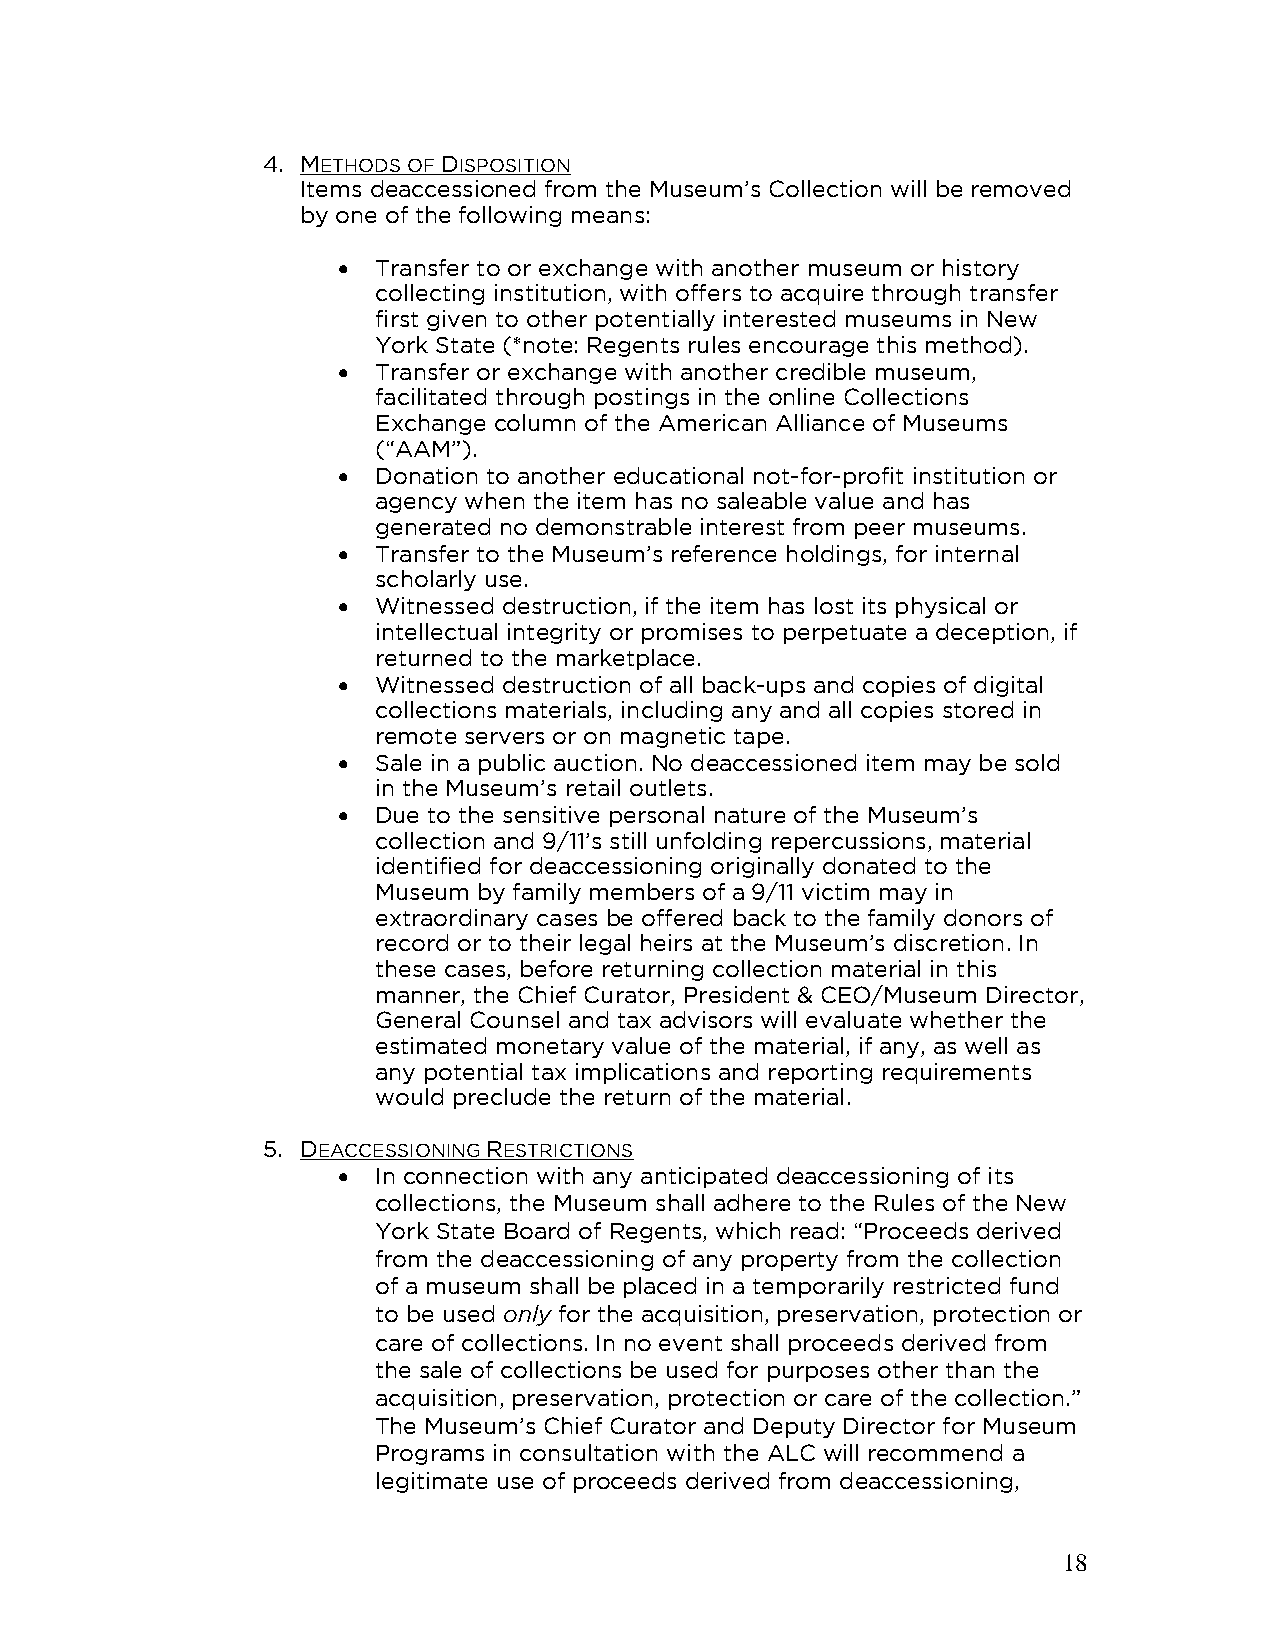
4. METHODS OF DISPOSITION
 Items deaccessioned from the Museum’s Collection will be removed
 by one of the following means:
 •  Transfer to or exchange with another museum or history
 collecting institution, with offers to acquire through transfer
 first given to other potentially interested museums in New
 York State (*note: Regents rules encourage this method).
 •  Transfer or exchange with another credible museum,
 facilitated through postings in the online Collections
 Exchange column of the American Alliance of Museums
 (“AAM”).
 •  Donation to another educational not-for-profit institution or
 agency when the item has no saleable value and has
 generated no demonstrable interest from peer museums.
 •  Transfer to the Museum’s reference holdings, for internal
 scholarly use.
 •  Witnessed destruction, if the item has lost its physical or
 intellectual integrity or promises to perpetuate a deception, if
 returned to the marketplace.
 •  Witnessed destruction of all back-ups and copies of digital
 collections materials, including any and all copies stored in
 remote servers or on magnetic tape.
 •  Sale in a public auction. No deaccessioned item may be sold
 in the Museum’s retail outlets.
 •  Due to the sensitive personal nature of the Museum’s
 collection and 9/11’s still unfolding repercussions, material
 identified for deaccessioning originally donated to the
 Museum by family members of a 9/11 victim may in
 extraordinary cases be offered back to the family donors of
 record or to their legal heirs at the Museum’s discretion. In
 these cases, before returning collection material in this
 manner, the Chief Curator, President & CEO/Museum Director,
 General Counsel and tax advisors will evaluate whether the
 estimated monetary value of the material, if any, as well as
 any potential tax implications and reporting requirements
 would preclude the return of the material.
 5. DEACCESSIONING RESTRICTIONS
 •  In connection with any anticipated deaccessioning of its
 collections, the Museum shall adhere to the Rules of the New
 York State Board of Regents, which read: “Proceeds derived
 from the deaccessioning of any property from the collection
 of a museum shall be placed in a temporarily restricted fund
 to be used only for the acquisition, preservation, protection or
 care of collections. In no event shall proceeds derived from
 the sale of collections be used for purposes other than the
 acquisition, preservation, protection or care of the collection.”
 The Museum’s Chief Curator and Deputy Director for Museum
 Programs in consultation with the ALC will recommend a
 legitimate use of proceeds derived from deaccessioning,
 18